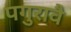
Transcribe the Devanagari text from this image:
पगुरावै